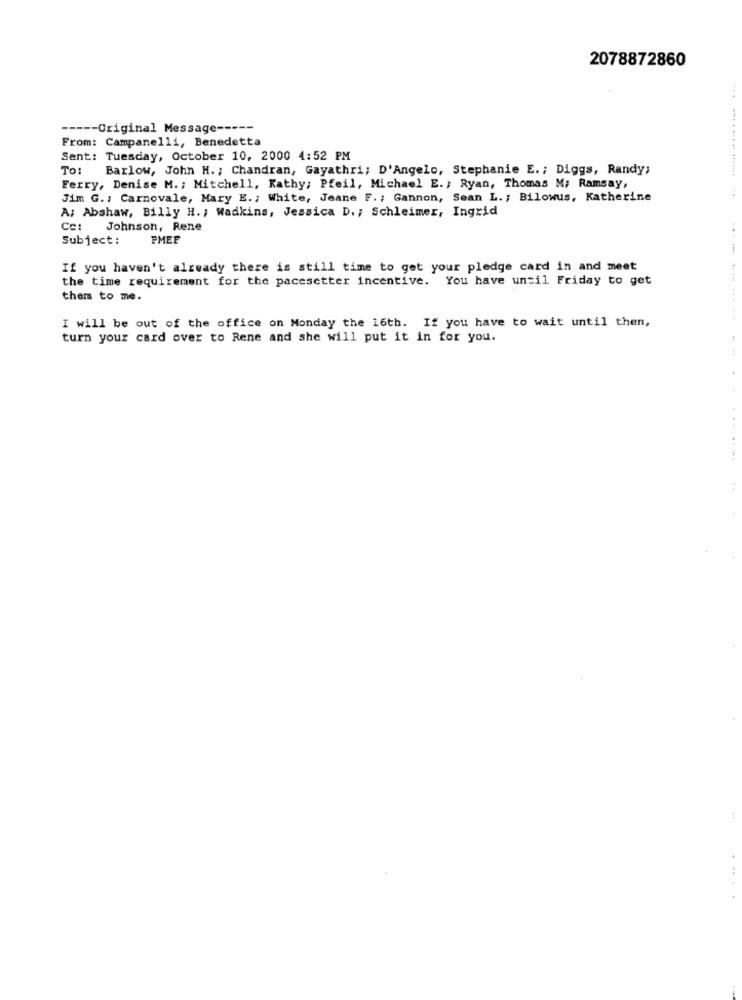
2078872860
----- Original Message -----
From: Campanelli, Benedetta
Sent: Tuesday, October 10, 2000 4:52 PM
To:
Barlow, John H. ; Chandran, Gayathri; D'Angelo, Stephanie E .; Diggs, Randy;
Ferry, Denise M. ; Mitchell, Kathy; Pfeil, Michael E. ; Ryan, Thomas M; Ramsay,
Jim G. : Carnovale, Mary E .; White, Jeane F. ; Gannon, Sean L. ; Bilowus, Katherine
A; Abshaw, Billy H. ; Wadkins, Jessica D. ; Schleimer, Ingrid
Cc:
Johnson, Rene
Subject:
PMEE
If you haven't already there is still time to get your pledge card in and meet
the time requirement for the pacesetter incentive. You have until Friday to get
them to me.
I will be out of the office on Monday the 16th. If you have to wait until then,
.....
turn your card over to Rene and she will put it in for you.